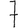
Digit: 7